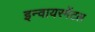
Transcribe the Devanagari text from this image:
इन्वायरमेंटल